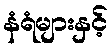
နံရံများနှင့်